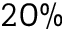
2 0 \%